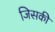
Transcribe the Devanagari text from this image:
जिसकीे